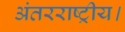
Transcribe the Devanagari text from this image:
अंतरराष्ट्रीय।